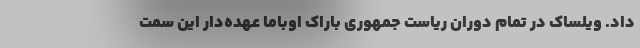
داد. ویلساک در تمام دوران ریاست جمهوری باراک اوباما عهده‌دار این سمت